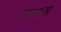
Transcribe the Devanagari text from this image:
वनास